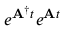
e ^ { \mathbf { A } ^ { \dag } t } e ^ { \mathbf { A } t }